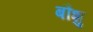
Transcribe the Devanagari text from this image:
बौशु